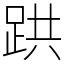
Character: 𫏇